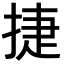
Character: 捷